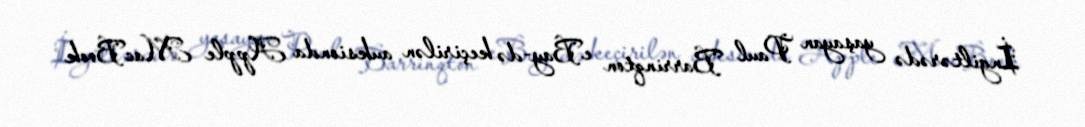
İngiltərədə yaşayan Paul Barrinqton eBay-də keçirilən auksionda Apple MacBook